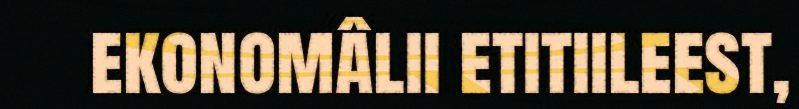
ekonomâlii etitiileest,